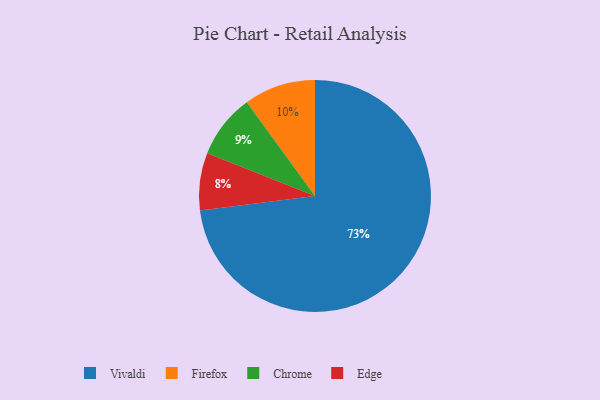
{"axis": {"x": "Category", "y": "Percentage"}, "legend": ["Chrome", "Edge", "Firefox", "Vivaldi"], "data": [{"x": "Vivaldi", "y": 73, "type": "Vivaldi"}, {"x": "Firefox", "y": 10, "type": "Firefox"}, {"x": "Chrome", "y": 9, "type": "Chrome"}, {"x": "Edge", "y": 8, "type": "Edge"}]}